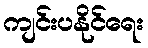
ကျင်းပနိုင်ရေး